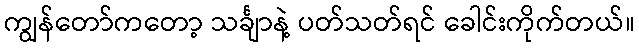
ကျွန်တော်ကတော့ သင်္ချာနဲ့ ပတ်သတ်ရင် ခေါင်းကိုက်တယ်။